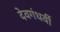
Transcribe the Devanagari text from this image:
देवगंधर्वी